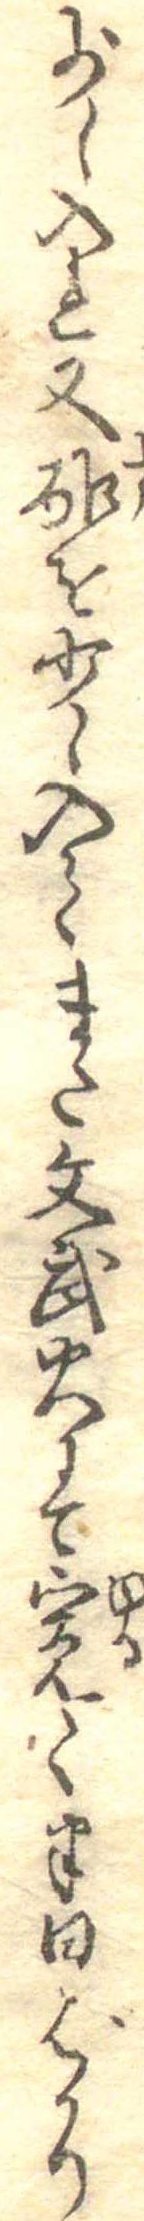
少し入れ又酢を少々入てまた文武火にて寛く半日ばかり